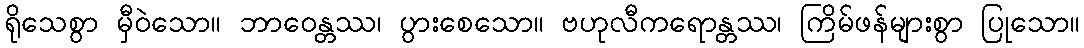
ရိုသေစွာ မှီဝဲသော။ ဘာဝေန္တဿ၊ ပွားစေသော။ ဗဟုလီကရောန္တဿ၊ ကြိမ်ဖန်များစွာ ပြုသော။